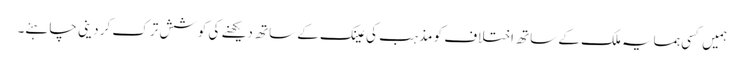
ہمیں کسی ہمسایہ ملک کے ساتھ اختلاف کو مذہب کی عینک کے ساتھ دیکھنے کی کوشش ترک کر دینی چاہئے۔